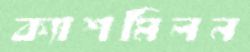
ক্যাশমিলন